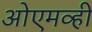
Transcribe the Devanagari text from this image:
ओएमव्ही